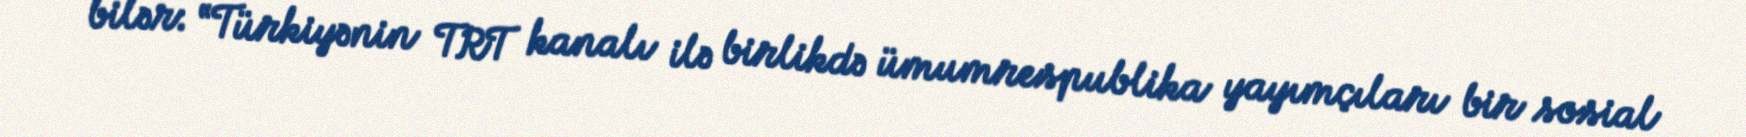
bilər: “Türkiyənin TRT kanalı ilə birlikdə ümumrespublika yayımçıları bir sosial